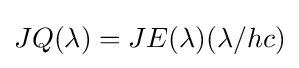
JQ(\lambda )=JE(\lambda )(\lambda /hc)